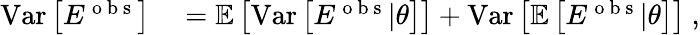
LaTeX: \begin{array}{rl}{\mathrm{Var}\left[E^{\mathrm{~o~b~s~}}\right]}&{{}=\mathbb{E}\left[\mathrm{Var}\left[E^{\mathrm{~o~b~s~}}|\theta\right]\right]+\mathrm{Var}\left[\mathbb{E}\left[E^{\mathrm{~o~b~s~}}|\theta\right]\right]\ ,}\end{array}